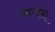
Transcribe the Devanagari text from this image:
आन्द्रेस्